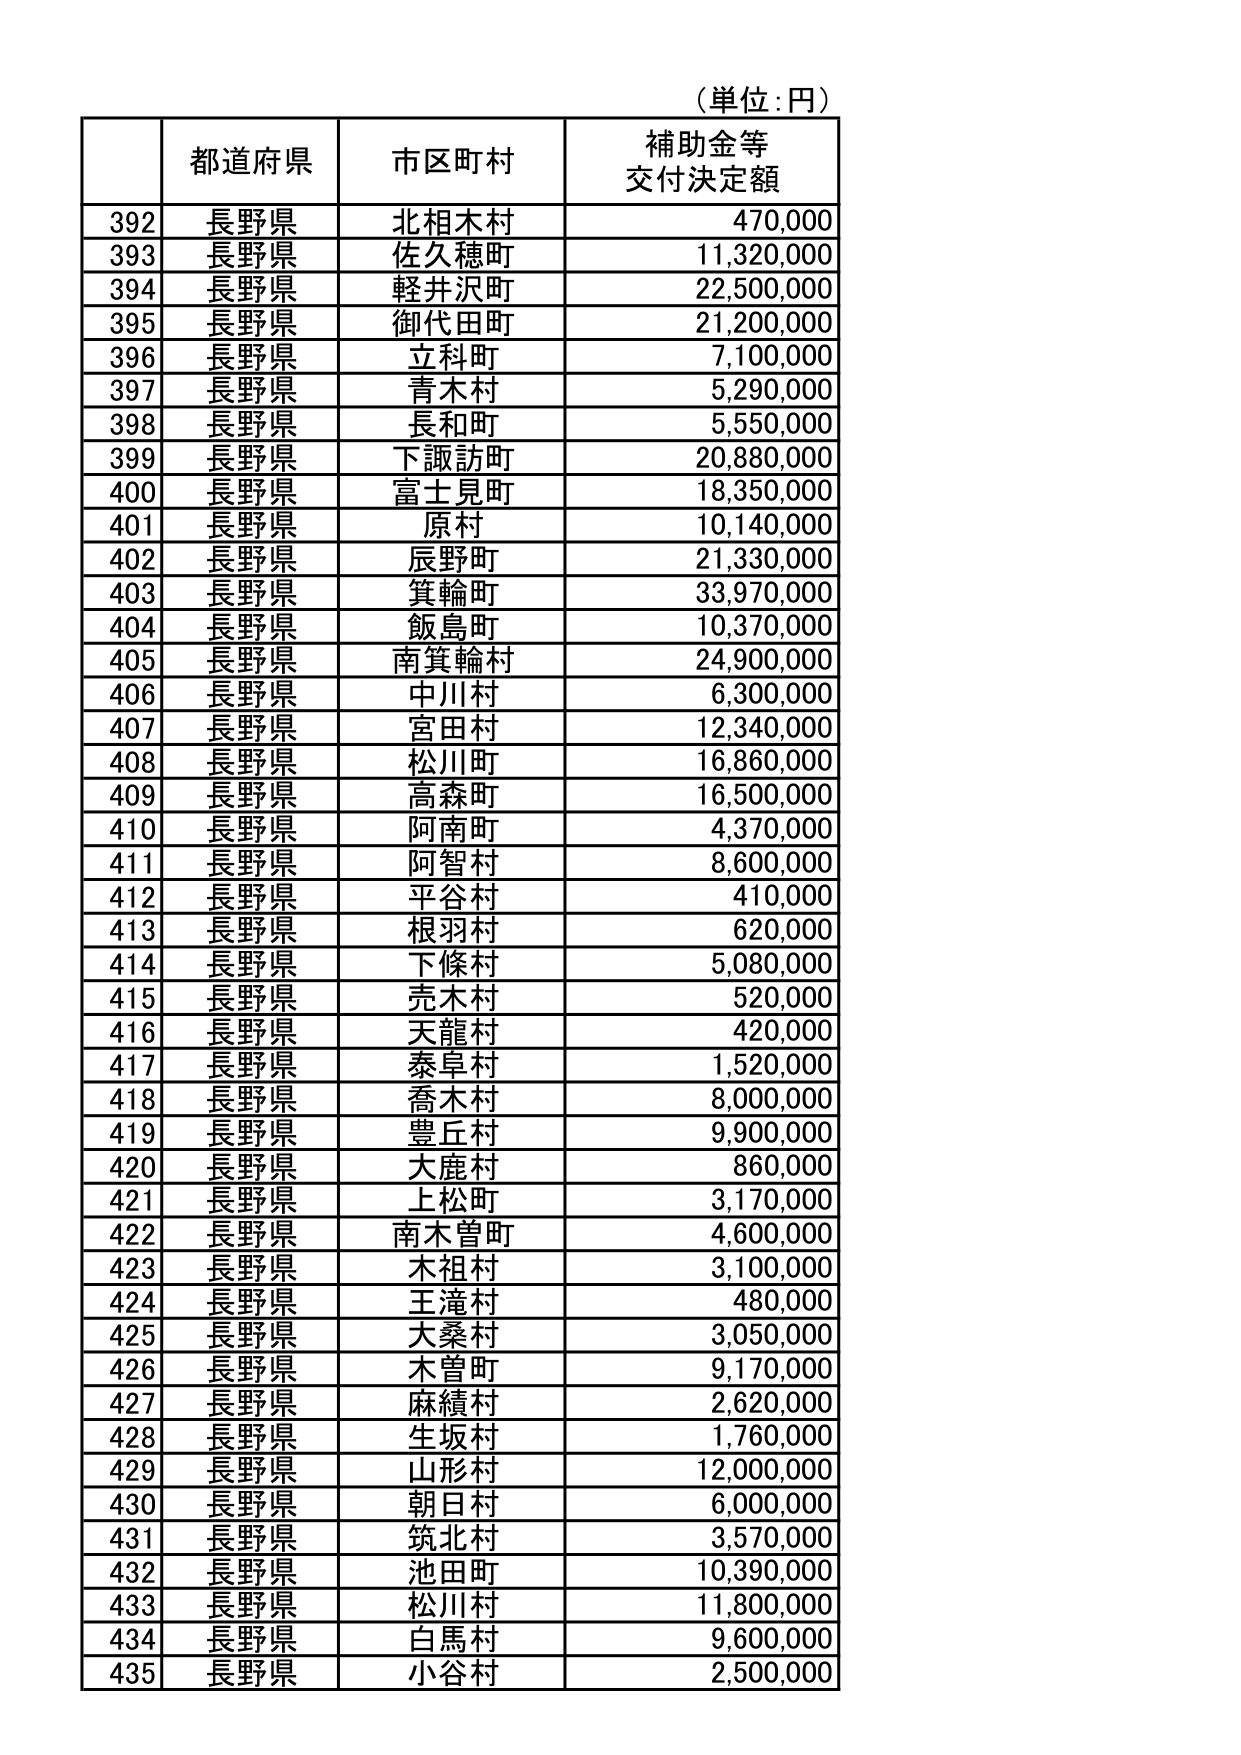
（単位：円）

都道府県　市区町村　補助金等交付決定額

392　長野県　北相木村　470,000
393　長野県　佐久穂町　11,320,000
394　長野県　軽井沢町　22,500,000
395　長野県　御代田町　21,200,000
396　長野県　立科町　7,100,000
397　長野県　青木村　5,290,000
398　長野県　長和町　5,550,000
399　長野県　下諏訪町　20,880,000
400　長野県　富士見町　18,350,000
401　長野県　原村　10,140,000
402　長野県　辰野町　21,330,000
403　長野県　箕輪町　33,970,000
404　長野県　飯島町　10,370,000
405　長野県　南箕輪村　24,900,000
406　長野県　中川村　6,300,000
407　長野県　宮田村　12,340,000
408　長野県　松川町　16,860,000
409　長野県　高森町　16,500,000
410　長野県　阿南町　4,370,000
411　長野県　阿智村　8,600,000
412　長野県　平谷村　410,000
413　長野県　根羽村　620,000
414　長野県　下條村　5,080,000
415　長野県　売木村　520,000
416　長野県　天龍村　420,000
417　長野県　泰阜村　1,520,000
418　長野県　喬木村　8,000,000
419　長野県　豊丘村　9,900,000
420　長野県　大鹿村　860,000
421　長野県　上松町　3,170,000
422　長野県　南木曽町　4,600,000
423　長野県　木祖村　3,100,000
424　長野県　王滝村　480,000
425　長野県　大桑村　3,050,000
426　長野県　木曽町　9,170,000
427　長野県　麻績村　2,620,000
428　長野県　生坂村　1,760,000
429　長野県　山形村　12,000,000
430　長野県　朝日村　6,000,000
431　長野県　筑北村　3,570,000
432　長野県　池田町　10,390,000
433　長野県　松川村　11,800,000
434　長野県　白馬村　9,600,000
435　長野県　小谷村　2,500,000